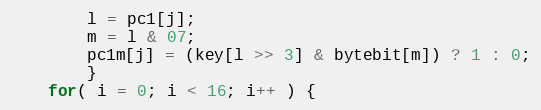
Language: C
		l = pc1[j];
		m = l & 07;
		pc1m[j] = (key[l >> 3] & bytebit[m]) ? 1 : 0;
		}
	for( i = 0; i < 16; i++ ) {